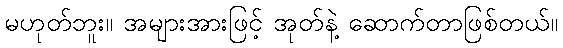
မဟုတ်ဘူး။ အများအားဖြင့် အုတ်နဲ့ ဆောက်တာဖြစ်တယ်။